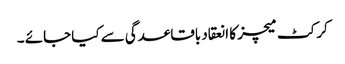
کرکٹ میچز کا انعقاد باقاعدگی سے کیا جائے ۔